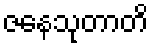
ဇနေသုတာတိ